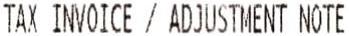
TAX INVOICE / ADJUSTMENT NOTE